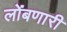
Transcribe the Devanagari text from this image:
लोंबणारी